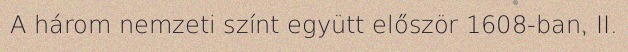
A három nemzeti színt együtt először 1608-ban, II.